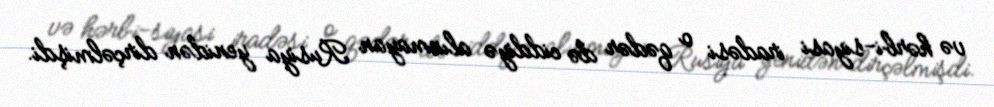
və hərbi-siyasi iradəsi o qədər də ciddiyə alınmayan Rusiya yenidən dirçəlmişdi.